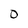
Character: 0